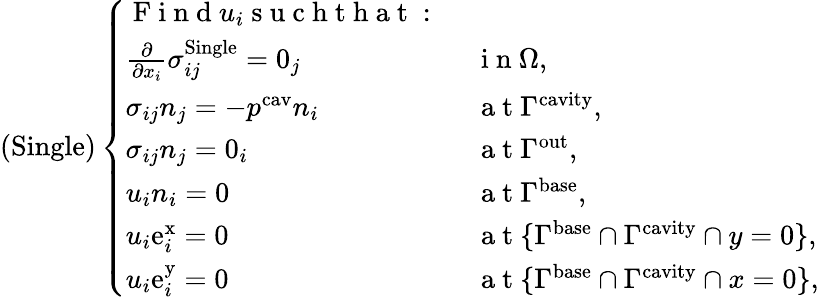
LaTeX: \left(\mathrm{Single}\right)\left\{ \begin{array}{ll}{\mathrm{~F~i~n~d~}u_{i}\mathrm{~s~u~c~h~t~h~a~t~:~}}&{}\\ {\frac{\partial}{\partial x_{i}}\sigma_{ij}^{\mathrm{Single}}=0_{j}}&{\mathrm{~i~n~}\Omega,}\\ {\sigma_{ij}n_{j}=-p^{\mathrm{cav}}n_{i}}&{\mathrm{~a~t~}\Gamma^{\mathrm{cavity}},}\\ {\sigma_{ij}n_{j}=0_{i}}&{\mathrm{~a~t~}\Gamma^{\mathrm{out}},}\\ {u_{i}n_{i}=0}&{\mathrm{~a~t~}\Gamma^{\mathrm{base}},}\\ {u_{i}\mathrm{e}_{i}^{\mathrm{x}}=0}&{\mathrm{~a~t~}\{ \Gamma^{\mathrm{base}}\cap\Gamma^{\mathrm{cavity}}\cap y=0\} ,}\\ {u_{i}\mathrm{e}_{i}^{\mathrm{y}}=0}&{\mathrm{~a~t~}\{ \Gamma^{\mathrm{base}}\cap\Gamma^{\mathrm{cavity}}\cap x=0\} ,}\end{array}\right.